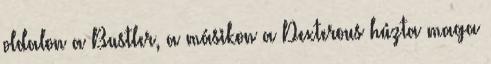
oldalon a Bustler, a másikon a Dexterous húzta maga